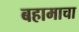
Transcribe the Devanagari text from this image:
बहामाचा